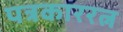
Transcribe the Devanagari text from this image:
पत्रकाररत्न